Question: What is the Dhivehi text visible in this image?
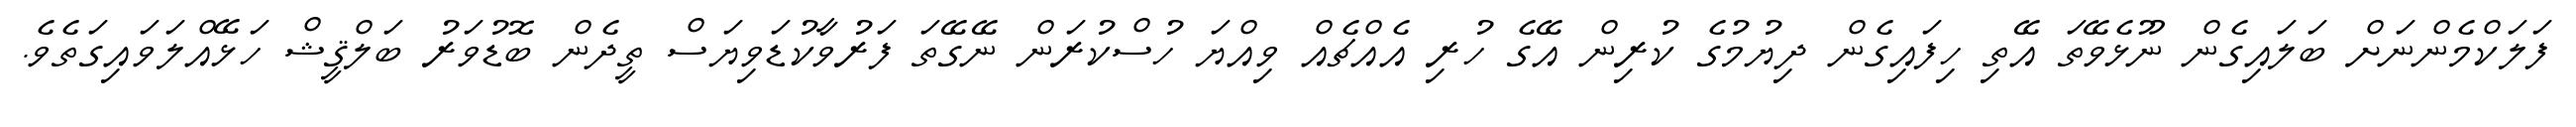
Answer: ފަލަކްމެންނަށް ބަލައިގެން ނޫޅެވޭތަ އޭތި ހިފައިގެން ދިޔުމުގެ ކުރިން އޭގެ ހުރި އެއްޗެއް ވިއްޔަ ހުސްކުރަން ނޭގޭތަ ފަރުވާކުޑަވިޔަސް ތީދެން ބޮޑުވަރު ބަލްޤީޝް ހަޅޭއްލަވައިގަތެވެ.